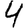
Digit: 4